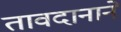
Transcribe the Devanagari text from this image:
तावदानाने